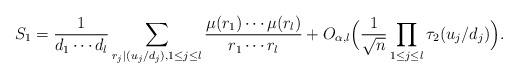
LaTeX: \begin{align*}S_1=\frac{1}{d_1\cdots d_l}\sum\limits_{r_j\mid (u_j/d_j),1\leq j\leq l}\frac{\mu(r_1)\cdots\mu(r_l)}{r_1\cdots r_l}+O_{\alpha,l}\Big(\frac{1}{\sqrt{n}}\prod\limits_{1\leq j\leq l}\tau_2(u_j/d_j)\Big).\end{align*}